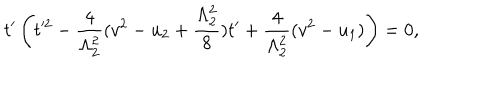
t ^ { \prime } \left( t ^ { 2 } - \frac { 4 } { \Lambda _ { 2 } ^ { 2 } } ( v ^ { 2 } - u _ { 2 } + \frac { \Lambda _ { 2 } ^ { 2 } } { 8 } ) t ^ { \prime } + \frac { 4 } { \Lambda _ { 2 } ^ { 2 } } ( v ^ { 2 } - u _ { 1 } ) \right) = 0 ,